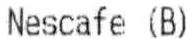
NESCAFE (B)